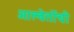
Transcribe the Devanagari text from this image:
आल्बेर्तोची